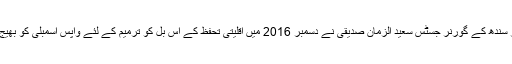
مگر سندھ کے گورنر جسٹس سعید الزمان صدیقی نے دسمبر 2016 میں اقلیتی تحفظ کے اس بل کو ترمیم کے لئے واپس اسمبلی کو بھیج دیا۔